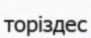
торіздес